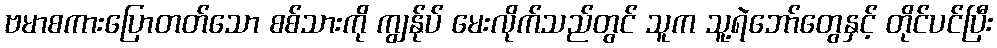
ဗမာစကားပြောတတ်သော စစ်သားကို ကျွန်ုပ် မေးလိုက်သည်တွင် သူက သူ့ရဲဘော်တွေနှင့် တိုင်ပင်ပြီး